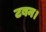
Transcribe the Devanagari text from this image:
टबन।